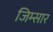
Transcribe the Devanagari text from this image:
जिम्सार